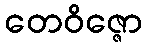
တေဝိဇ္ဇော